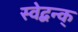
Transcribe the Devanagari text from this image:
स्वेद्बन्क्